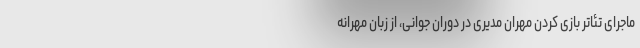
ماجرای تئاتر بازی کردن مهران مدیری در دوران جوانی، از زبان مهرانه